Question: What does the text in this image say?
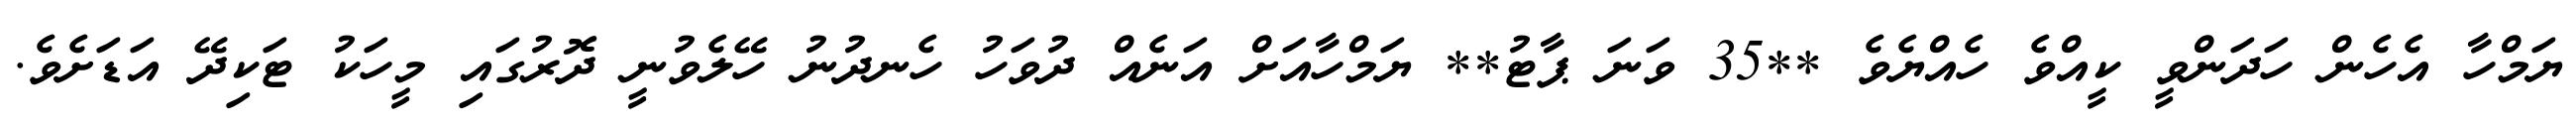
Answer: ޔަމްހާ އެހެން ހަދަންވީ ކީއްވެ ހެއްޔެވެ **35 ވަނަ ޕާޓު** ޔަމްހާއަށް އަނެއް ދުވަހު ހެނދުނު ހޭލެވުނީ ދޮރުގައި މީހަކު ޓަކިދޭ އަޑަށެވެ.